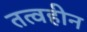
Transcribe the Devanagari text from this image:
तत्वहीन